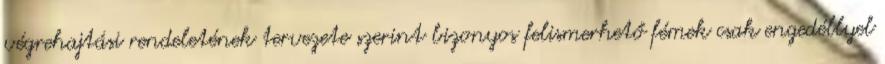
végrehajtási rendeletének tervezete szerint bizonyos felismerhető fémek csak engedéllyel